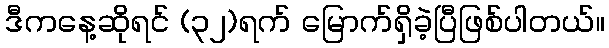
ဒီကနေ့ဆိုရင် (၃၂)ရက် မြောက်ရှိခဲ့ပြီဖြစ်ပါတယ်။